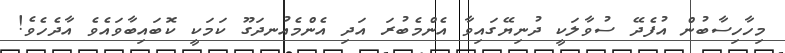
މިހާހިސާބުން އުފެދޭ ސުވާލަކީ ދުނިޔޭގައިވާ އެންމެބުރަ އަދި އެންމެއުނދަގޫ ކަމަކީ ކޮބައިބާވައެވެ އާދެހެވެ!